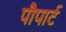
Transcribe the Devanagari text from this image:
पौपार्ट